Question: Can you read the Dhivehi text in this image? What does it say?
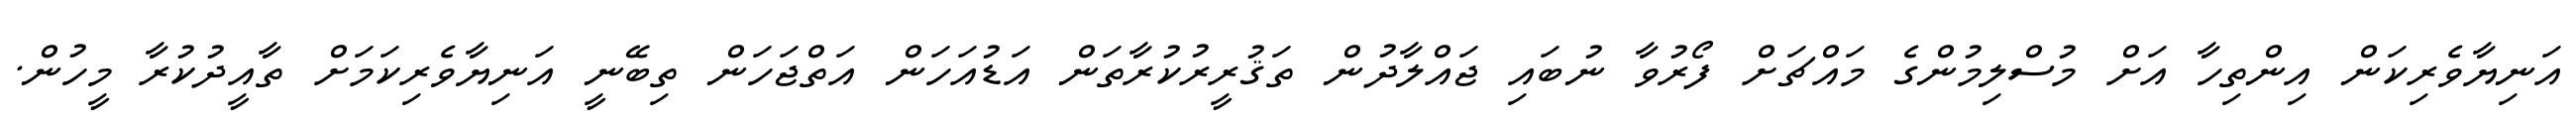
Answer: އަނިޔާވެރިކަން އިންތިހާ އަށް މުސްލިމުންގެ މައްޗަށް ފޯރުވާ ނުބައި ޖައްލާދުން ތަޤުރީރުކުރާތަން އަޑުއަހަން އަތްޖަހަން ތިބޭނީ އަނިޔާވެރިކަމަށް ތާއީދުކުރާ މީހުން.